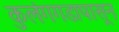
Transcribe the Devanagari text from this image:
कुलंगगडापासून